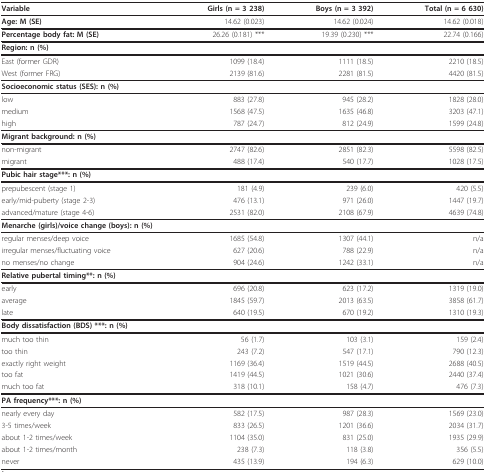
<table><thead><tr><td><b>Variable</b></td><td><b>Girls (n = 3 238)</b></td><td><b>Boys (n = 3 392)</b></td><td><b>Total (n = 6 630)</b></td></tr></thead><tbody><tr><td><b>Age: M (SE)</b></td><td>14.62 (0.023)</td><td>14.62 (0.024)</td><td>14.62 (0.018)</td></tr><tr><td><b>Percentage body fat: M (SE)</b></td><td>26.26 (0.181) ***</td><td>19.39 (0.230) ***</td><td>22.74 (0.166)</td></tr><tr><td colspan="4"><b>Region: n (%)</b></td></tr><tr><td>East (former GDR)</td><td>1099 (18.4)</td><td>1111 (18.5)</td><td>2210 (18.5)</td></tr><tr><td>West (former FRG)</td><td>2139 (81.6)</td><td>2281 (81.5)</td><td>4420 (81.5)</td></tr><tr><td colspan="4"><b>Socioeconomic status (SES): n (%)</b></td></tr><tr><td>low</td><td>883 (27.8)</td><td>945 (28.2)</td><td>1828 (28.0)</td></tr><tr><td>medium</td><td>1568 (47.5)</td><td>1635 (46.8)</td><td>3203 (47.1)</td></tr><tr><td>high</td><td>787 (24.7)</td><td>812 (24.9)</td><td>1599 (24.8)</td></tr><tr><td colspan="4"><b>Migrant background: n (%)</b></td></tr><tr><td>non-migrant</td><td>2747 (82.6)</td><td>2851 (82.3)</td><td>5598 (82.5)</td></tr><tr><td>migrant</td><td>488 (17.4)</td><td>540 (17.7)</td><td>1028 (17.5)</td></tr><tr><td colspan="4"><b>Pubic hair stage***: n (%)</b></td></tr><tr><td>prepubescent (stage 1)</td><td>181 (4.9)</td><td>239 (6.0)</td><td>420 (5.5)</td></tr><tr><td>early/mid-puberty (stage 2-3)</td><td>476 (13.1)</td><td>971 (26.0)</td><td>1447 (19.7)</td></tr><tr><td>advanced/mature (stage 4-6)</td><td>2531 (82.0)</td><td>2108 (67.9)</td><td>4639 (74.8)</td></tr><tr><td colspan="4"><b>Menarche (girls)/voice change (boys): n (%)</b></td></tr><tr><td>regular menses/deep voice</td><td>1685 (54.8)</td><td>1307 (44.1)</td><td>n/a</td></tr><tr><td>irregular menses/fluctuating voice</td><td>627 (20.6)</td><td>788 (22.9)</td><td>n/a</td></tr><tr><td>no menses/no change</td><td>904 (24.6)</td><td>1242 (33.1)</td><td>n/a</td></tr><tr><td colspan="4"><b>Relative pubertal timing**: n (%)</b></td></tr><tr><td>early</td><td>696 (20.8)</td><td>623 (17.2)</td><td>1319 (19.0)</td></tr><tr><td>average</td><td>1845 (59.7)</td><td>2013 (63.5)</td><td>3858 (61.7)</td></tr><tr><td>late</td><td>640 (19.5)</td><td>670 (19.2)</td><td>1310 (19.3)</td></tr><tr><td colspan="4"><b>Body dissatisfaction (BDS) ***: n (%)</b></td></tr><tr><td>much too thin</td><td>56 (1.7)</td><td>103 (3.1)</td><td>159 (2.4)</td></tr><tr><td>too thin</td><td>243 (7.2)</td><td>547 (17.1)</td><td>790 (12.3)</td></tr><tr><td>exactly right weight</td><td>1169 (36.4)</td><td>1519 (44.5)</td><td>2688 (40.5)</td></tr><tr><td>too fat</td><td>1419 (44.5)</td><td>1021 (30.6)</td><td>2440 (37.4)</td></tr><tr><td>much too fat</td><td>318 (10.1)</td><td>158 (4.7)</td><td>476 (7.3)</td></tr><tr><td colspan="4"><b>PA frequency***: n (%)</b></td></tr><tr><td>nearly every day</td><td>582 (17.5)</td><td>987 (28.3)</td><td>1569 (23.0)</td></tr><tr><td>3-5 times/week</td><td>833 (26.5)</td><td>1201 (36.6)</td><td>2034 (31.7)</td></tr><tr><td>about 1-2 times/week</td><td>1104 (35.0)</td><td>831 (25.0)</td><td>1935 (29.9)</td></tr><tr><td>about 1-2 times/month</td><td>238 (7.3)</td><td>118 (3.8)</td><td>356 (5.5)</td></tr><tr><td>never</td><td>435 (13.9)</td><td>194 (6.3)</td><td>629 (10.0)</td></tr></tbody></table>